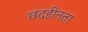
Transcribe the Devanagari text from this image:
छंदहीनता